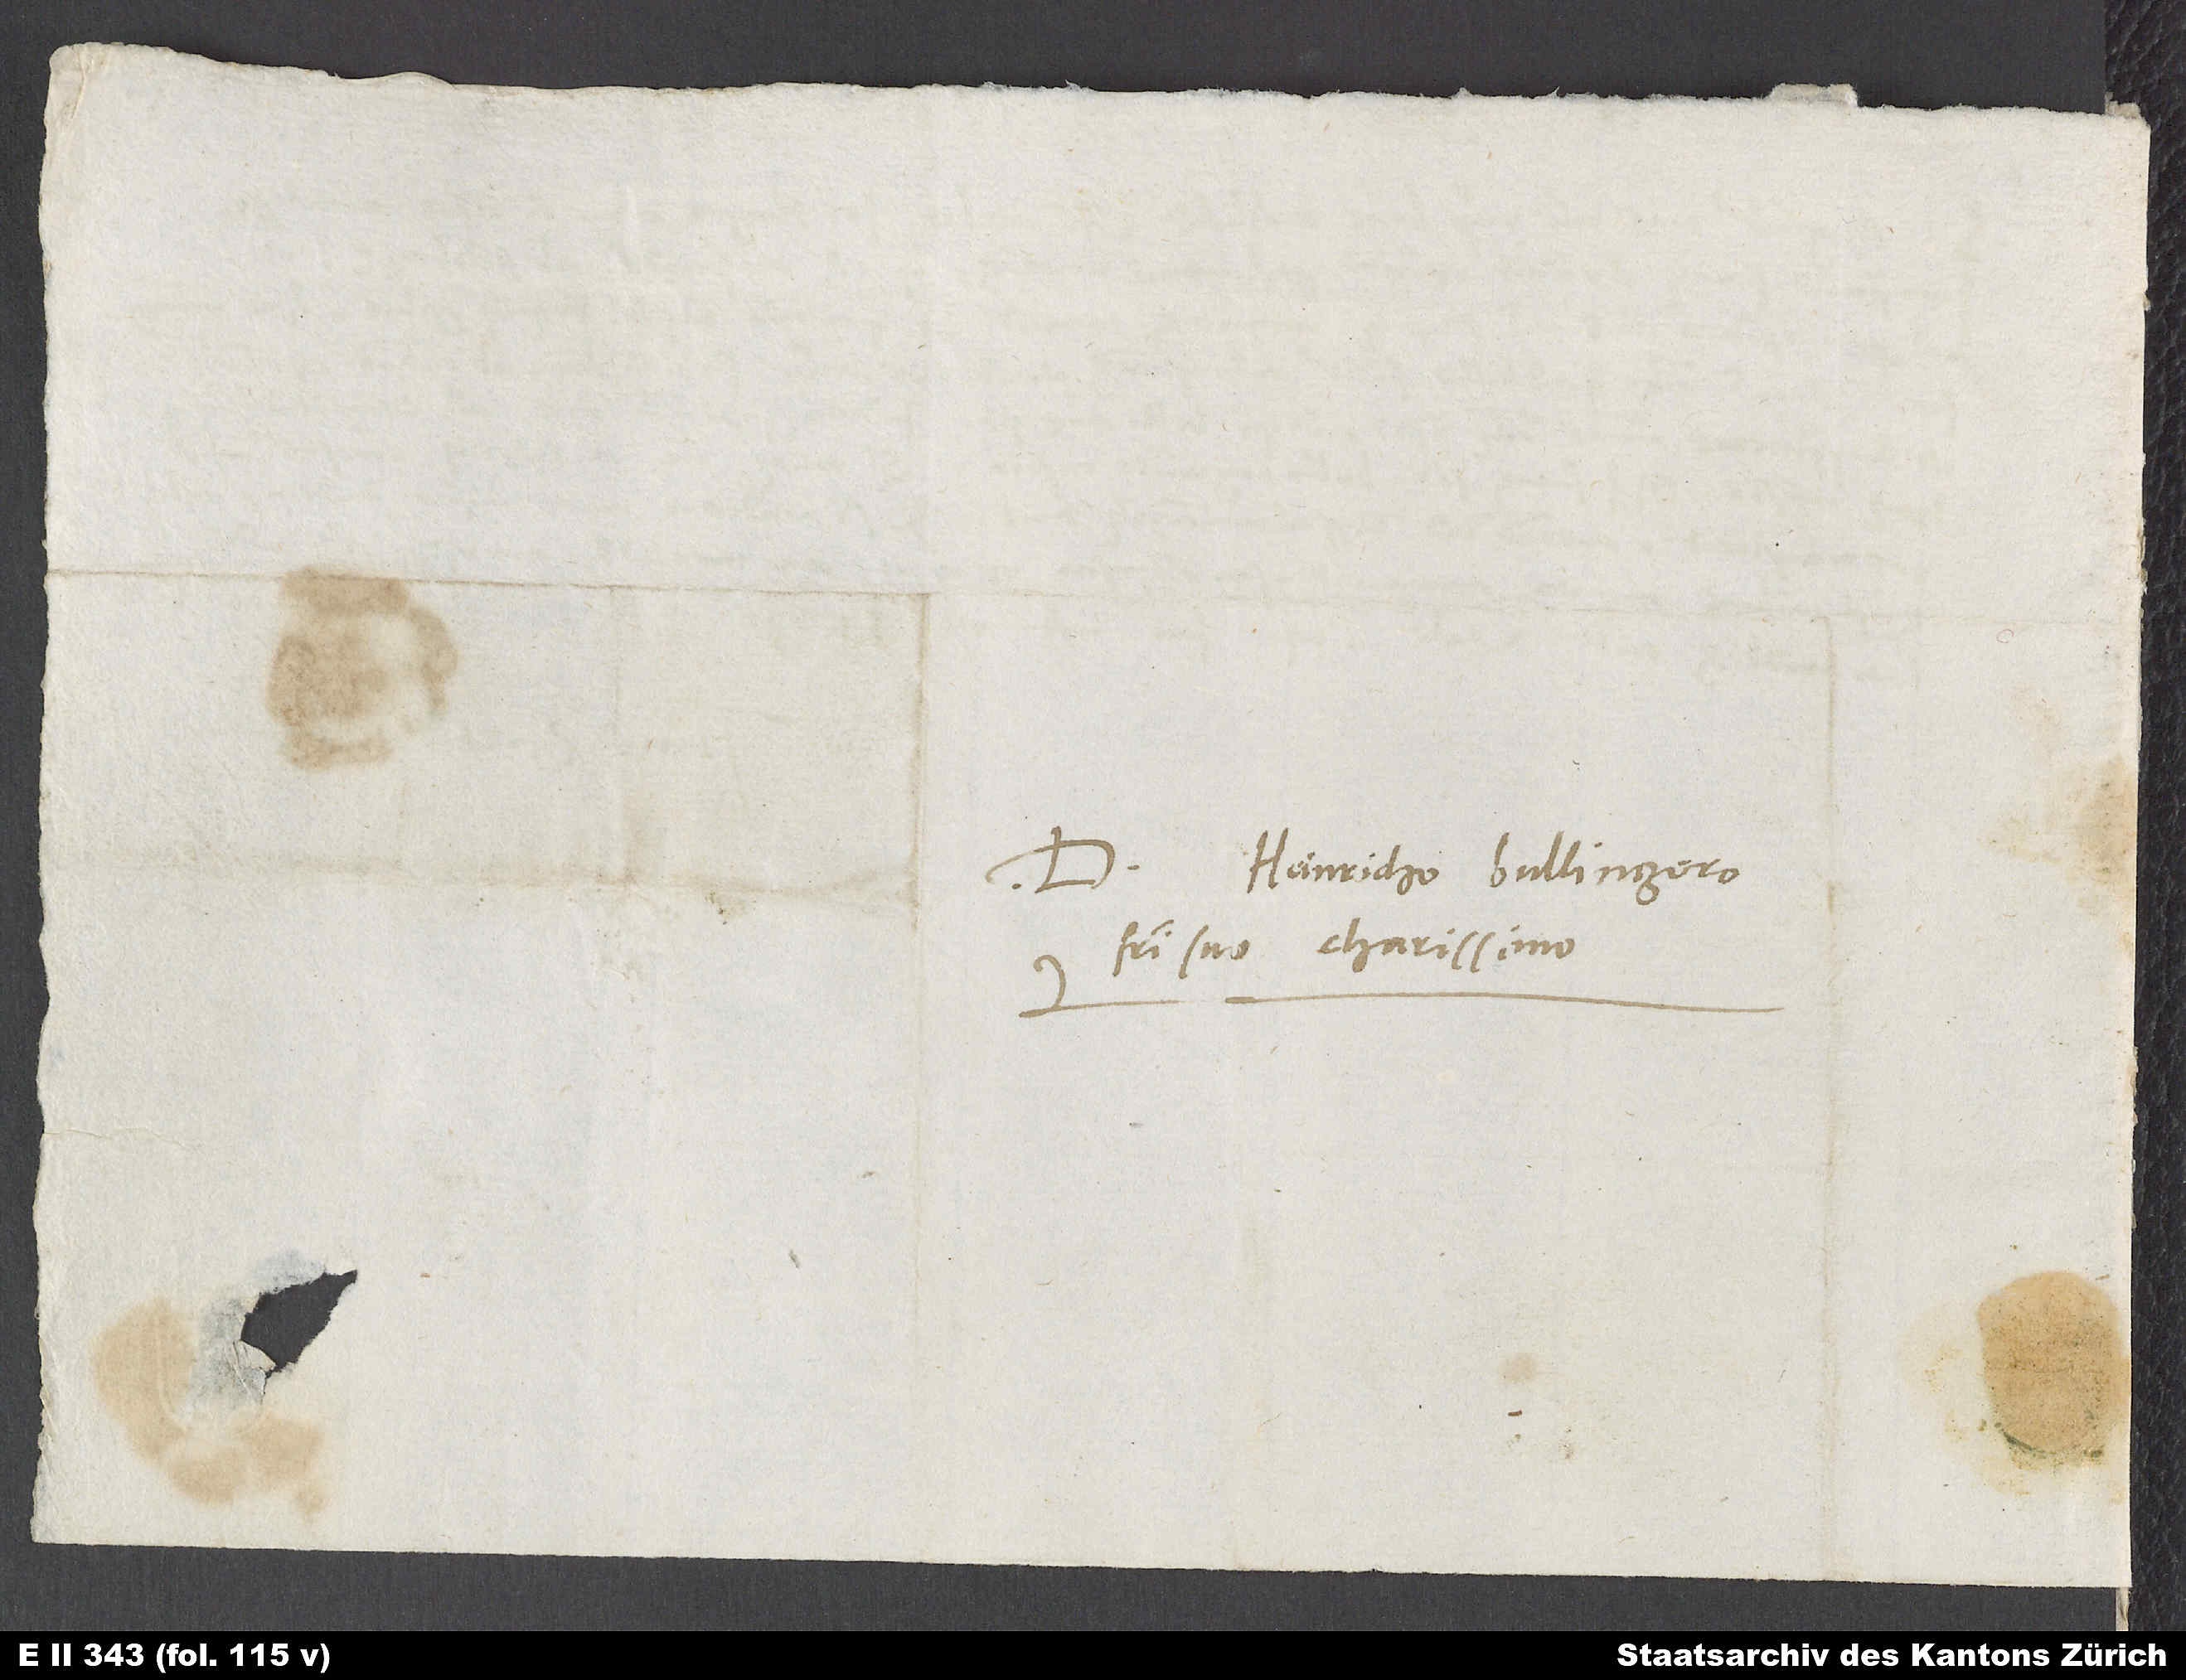
Domino Heinricho Bullingero,
fratri suo charissimo.